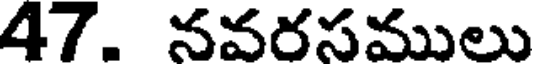
47. నవరసములు